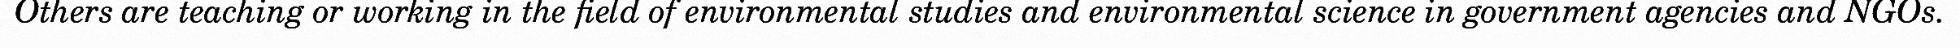
Others are teaching or working in the field of environmental studies and environmental science in government agencies and NGOs.